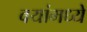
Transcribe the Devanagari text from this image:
वयांमध्ये